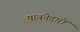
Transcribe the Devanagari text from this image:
पांवनेदारों